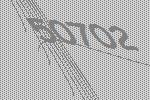
50702